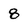
Character: 8